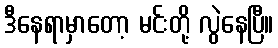
ဒီနေရာမှာတော့ မင်းတို့ လွဲနေပြီ။